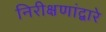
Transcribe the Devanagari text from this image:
निरीक्षणांद्वारे